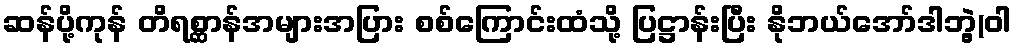
ဆန်ပို့ကုန် တိရစ္ဆာန်အများအပြား စစ်ကြောင်းထံသို့ ပြဋ္ဌာန်းပြီး နိုဘယ်အော်ဒါဘွဲ့(ဝါ